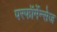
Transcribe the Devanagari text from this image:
परफॉर्मेन्सेज